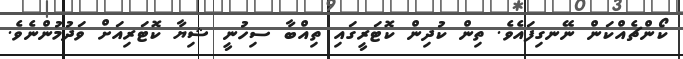
ކޯންޗެއްކަން ނޭނގިފައެވެ. ތިން ކުދިން ކޮޓަރީގައި ތިއްބާ ސިހުނީ ޝިޔާ ކޮޓަރިއަށް ވަދުމުންނެވެ.